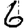
Digit: 6